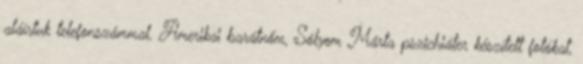
aláírtuk telefonszámmal. Amerikai barátnőm, Sólyom Márta pszichiáter készített fotókat,